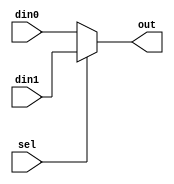
//Declaracion generica de un MUX (2 bits a la salida)
module mux1a2(din0, din1, sel, out);

input sel;
input [1:0] din0, din1;
output [1:0] out;

wire [1:0] out;

assign out = (sel) ? din1 : din0;

endmodule